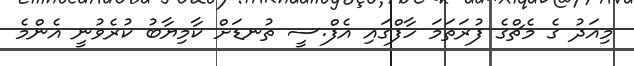
މިއަދު ގެ މެޗްގެ ފުރަތަމަ ހާފްގައި އެފް.ސީ ތުނޑަށް ކާމިޔާބު ކުރެވުނީ އެންމެ